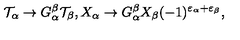
{ \cal T } _ { \alpha } \rightarrow G _ { \alpha } ^ { \beta } { \cal T } _ { \beta } , X _ { \alpha } \rightarrow G _ { \alpha } ^ { \beta } X _ { \beta } ( - 1 ) ^ { \varepsilon _ { \alpha } + \varepsilon _ { \beta } } ,